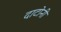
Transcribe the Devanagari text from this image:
दाटोनी